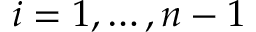
i = 1 , \ldots , n - 1